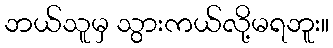
ဘယ်သူမှ သွားကယ်လို့မရဘူး။